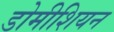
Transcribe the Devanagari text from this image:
डोमीशियन